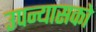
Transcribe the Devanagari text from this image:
उपन्यासको